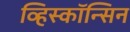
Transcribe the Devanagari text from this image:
व्हिस्कॉन्सिन